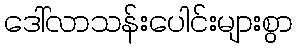
ဒေါ်လာသန်းပေါင်းများစွာ